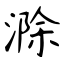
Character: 滁